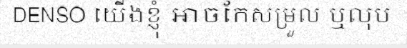
DENSO យើងខ្ញុំ អាចកែសម្រួល ឬលុប